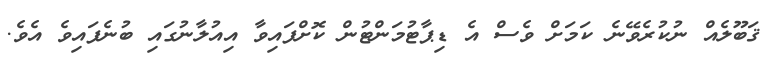
ޤަބޫލެއް ނުކުރެވޭނެ ކަމަށް ވެސް އެ ޑިޕާޓުމަންޓުން ކޮށްފައިވާ އިއުލާނުގައި ބުނެފައިވެ އެވެ.